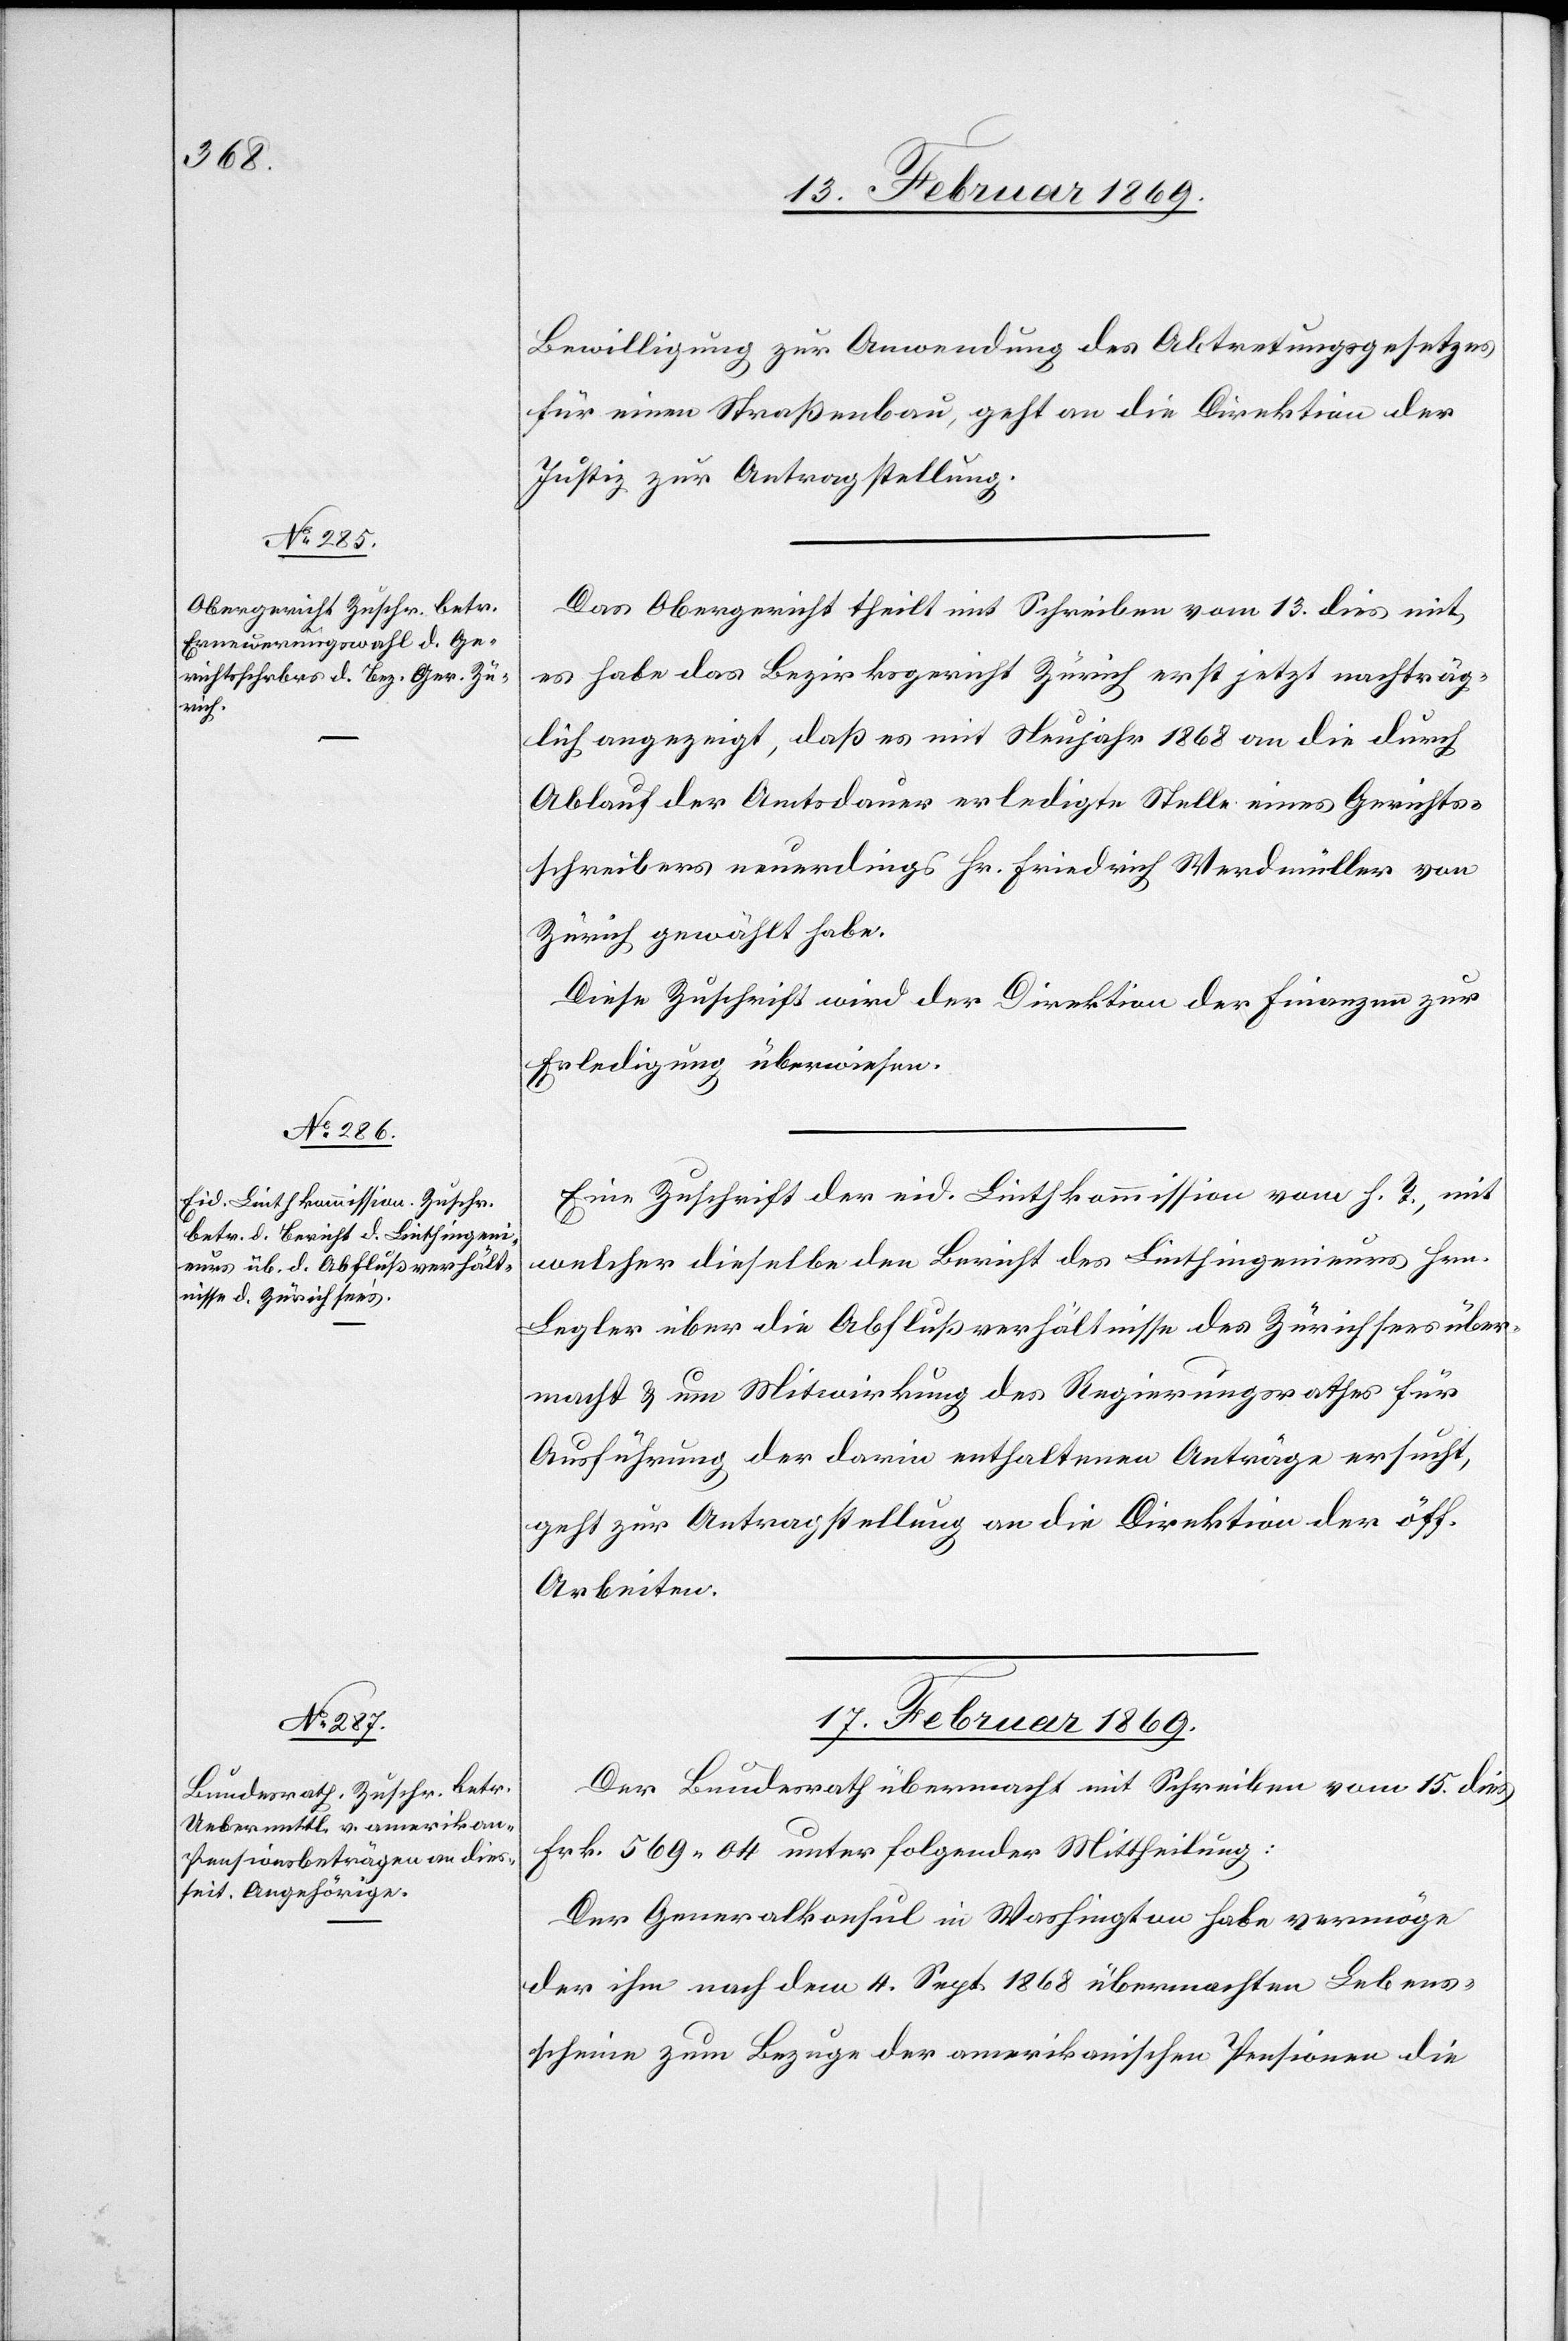
Bewilligung zur Anwendung des Abtretungsgesetzes
für einen Straßenbau, geht an die Direktion der
Justiz zur Antragstellung.
Das Obergericht theilt mit Schreiben vom 13. dies mit
es habe das Bezirksgericht Zürich erst jetzt nachträg¬
lich angezeigt, daß es mit Neujahr 1868 an die durch
Ablauf der Amtsdauer erledigte Stelle eines Gerichts¬
schreibers neuerdings Hr. Friedrich Werdmüller von
Zürich gewählt habe.
Diese Zuschrift wird der Direktion der Finanzen zur
Erledigung überwiesen.
Eine Zuschrift der eid. Linthkommission vom h. T., mit
welcher dieselbe den Bericht des Linthingenieurs Hrn.
Legler über die Abflußverhältnisse des Zürichsees über¬
macht & um Mitwirkung des Regierungsrathes für
Ausführung der darin enthaltenen Anträge ersucht,
geht zur Antragstellung an die Direktion der öff.
Arbeiten.
17. Februar 1869.
Der Bundesrath übermacht mit Schreiben vom 15. dies
Frk. 569.04 unter folgender Mittheilung:
Der Generalkonsul in Washington habe vermöge
der ihm nach dem 4. Sept. 1868 übermachten Lebens¬
scheine zum Bezuge der amerikanischen Pensionen die